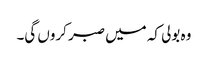
وہ بولی کہ میں صبر کروں گی۔